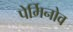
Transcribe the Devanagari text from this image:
पेर्मिनोव